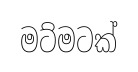
මට්මටක්